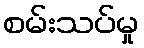
စမ်းသပ်မှု